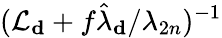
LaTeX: (\mathcal{L}_{\mathbf d}+f\hat{\lambda}_{\mathbf d}/\lambda_{2n})^{-1}